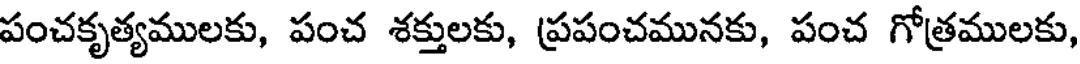
పంచకృత్యములకు, పంచ శక్తులకు, ప్రపంచమునకు, పంచ గోత్రములకు,